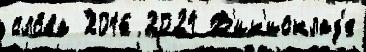
сло́ва 2016 2021 В'ик'исклад'е